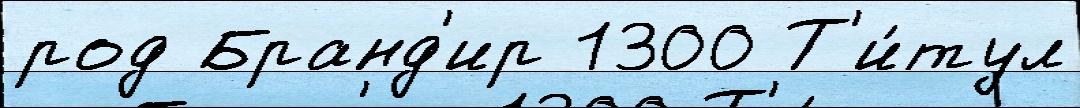
род Бранд'ир 1300 Т'и́тул